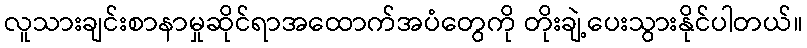
လူသားချင်းစာနာမှုဆိုင်ရာအထောက်အပံတွေကို တိုးချဲ့ပေးသွားနိုင်ပါတယ်။